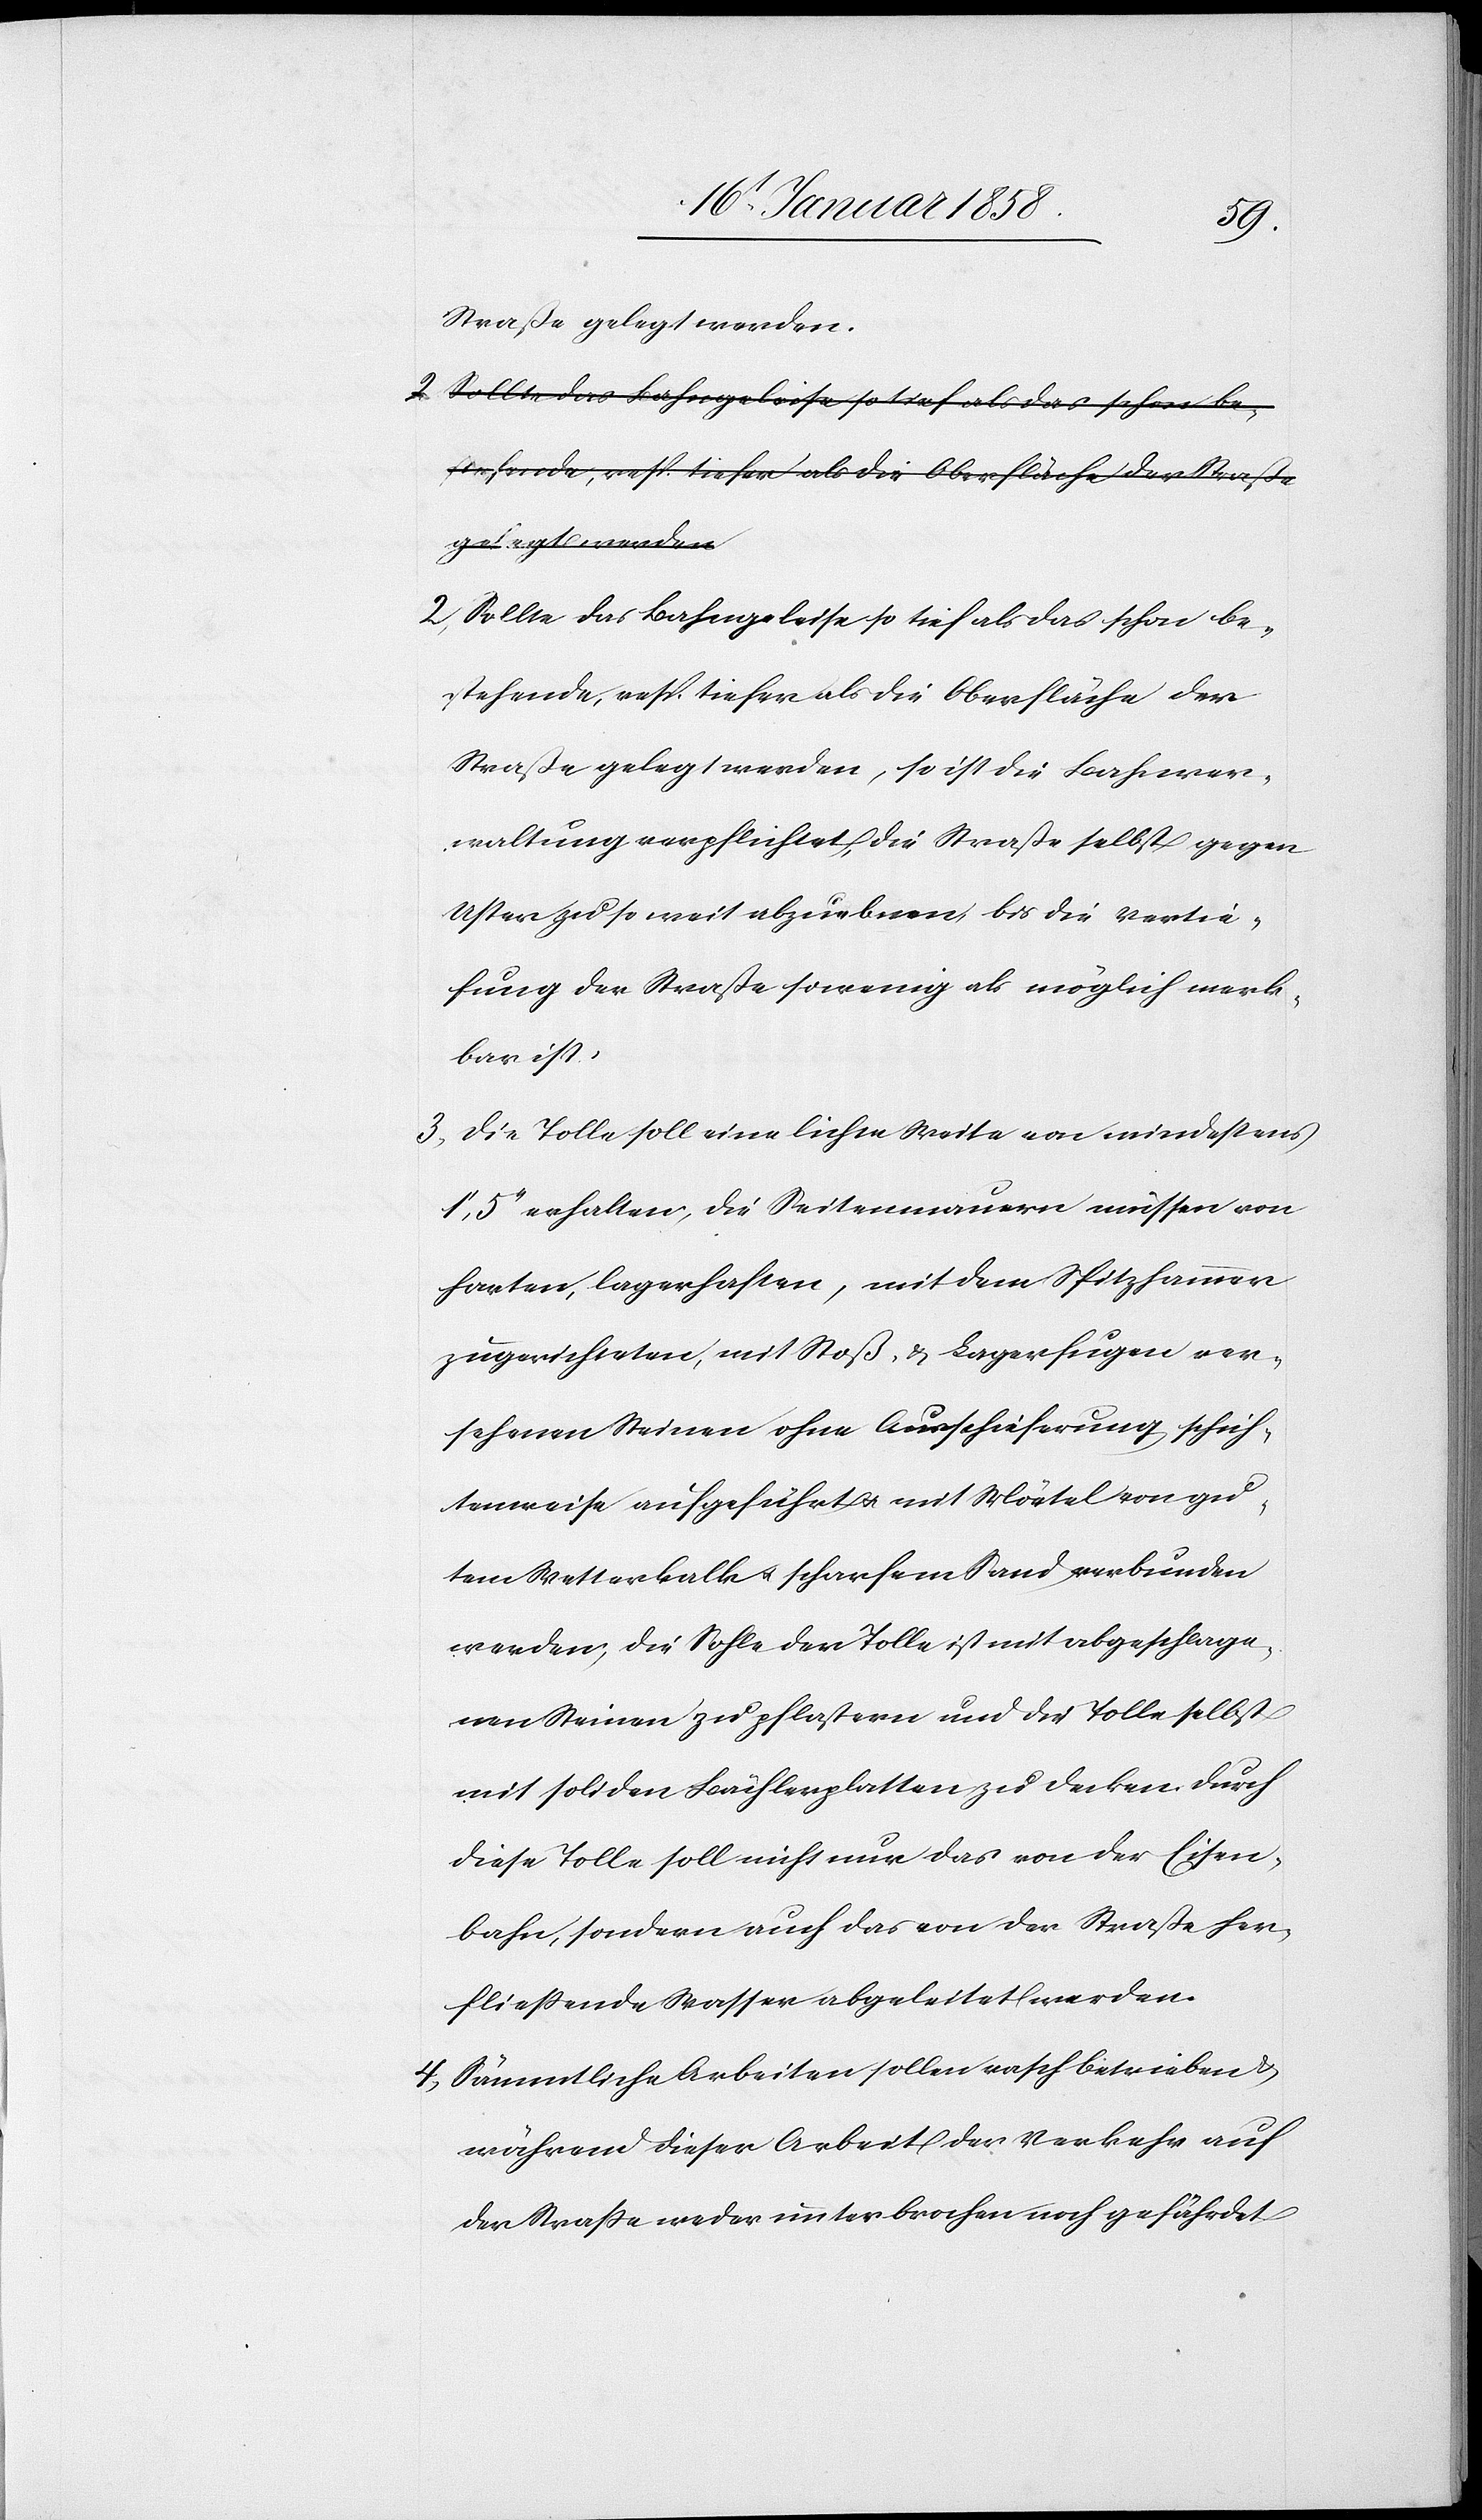
Straße gelegt werden.
2. Sollte das Bahngeleise so tief als das schon be¬
stehende, resp. tiefer als die Oberfläche der
Straße gelegt werden, so ist die Bahnver¬
waltung verpflichtet, die Straße selbst gegen
Uster zu so weit abzuebnen, bis die Vertie¬
fung der Straße so wenig als möglich merk¬
bar ist.
3. Die Tolle soll eine lichte Weite von mindestens
1’, 5’’ erhalten, die Seitenmauern müssen von
harten, lagerhaften, mit dem Spitzhammer
zugerichteten, mit Stoß- & Lagerfugen ver¬
sehenen Steinen ohne Ausschieferung schich¬
tenweise aufgeführt u. mit Mörtel von gu¬
tem Wetterkalk u. scharfem Sand verbunden
werden, die Sohle der Tolle ist mit abgeschlage¬
nen Steinen zu pflastern und die Tolle selbst
mit soliden Bächlerplatten zu decken durch
diese Tolle soll nicht nur das von der Eisen¬
bahn, sondern auch das von der Straße her
fließende Wasser abgeleitet werden.
4. Sämmtliche Arbeiten sollen rasch betrieben &
während dieser Arbeit der Verkehr auf
der Straße weder unterbrochen noch gefährdet